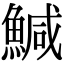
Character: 鰔